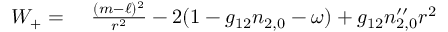
\begin{array} { r l } { W _ { + } = } & { { } \ \frac { ( m - \ell ) ^ { 2 } } { r ^ { 2 } } - 2 ( 1 - g _ { 1 2 } n _ { 2 , 0 } - \omega ) + g _ { 1 2 } n _ { 2 , 0 } ^ { \prime \prime } r ^ { 2 } } \end{array}